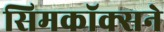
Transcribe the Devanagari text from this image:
सिमकॉक्सने